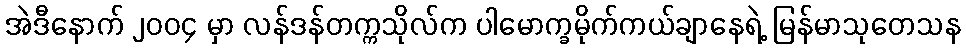
အဲဒီနောက် ၂၀၀၄ မှာ လန်ဒန်တက္ကသိုလ်က ပါမောက္ခမိုက်ကယ်ချာနေရဲ့ မြန်မာသုတေသန